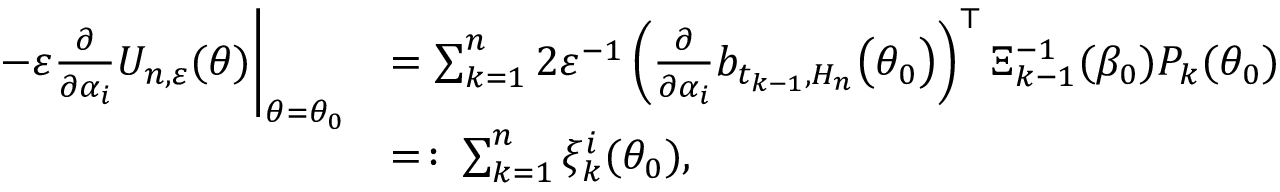
\begin{array} { r l } { - \varepsilon \frac { \partial } { \partial \alpha _ { i } } U _ { n , \varepsilon } ( \theta ) \bigg | _ { \theta = \theta _ { 0 } } } & { = \sum _ { k = 1 } ^ { n } 2 \varepsilon ^ { - 1 } \left( \frac { \partial } { \partial \alpha _ { i } } b _ { t _ { k - 1 } , H _ { n } } \bigl ( \theta _ { 0 } \bigr ) \right) ^ { \top } \Xi _ { k - 1 } ^ { - 1 } ( \beta _ { 0 } ) P _ { k } ( \theta _ { 0 } ) } \\ & { = \colon \sum _ { k = 1 } ^ { n } \xi _ { k } ^ { i } ( \theta _ { 0 } ) , } \end{array}